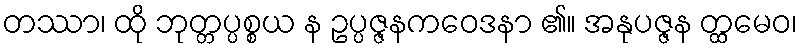
တဿာ၊ ထို ဘုတ္တပ္ပစ္စယ န ဥပ္ပဇ္ဇနကဝေဒနာ ၏။ အနုပဇ္ဇန တ္ထမေဝ၊